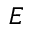
\boldsymbol { E }